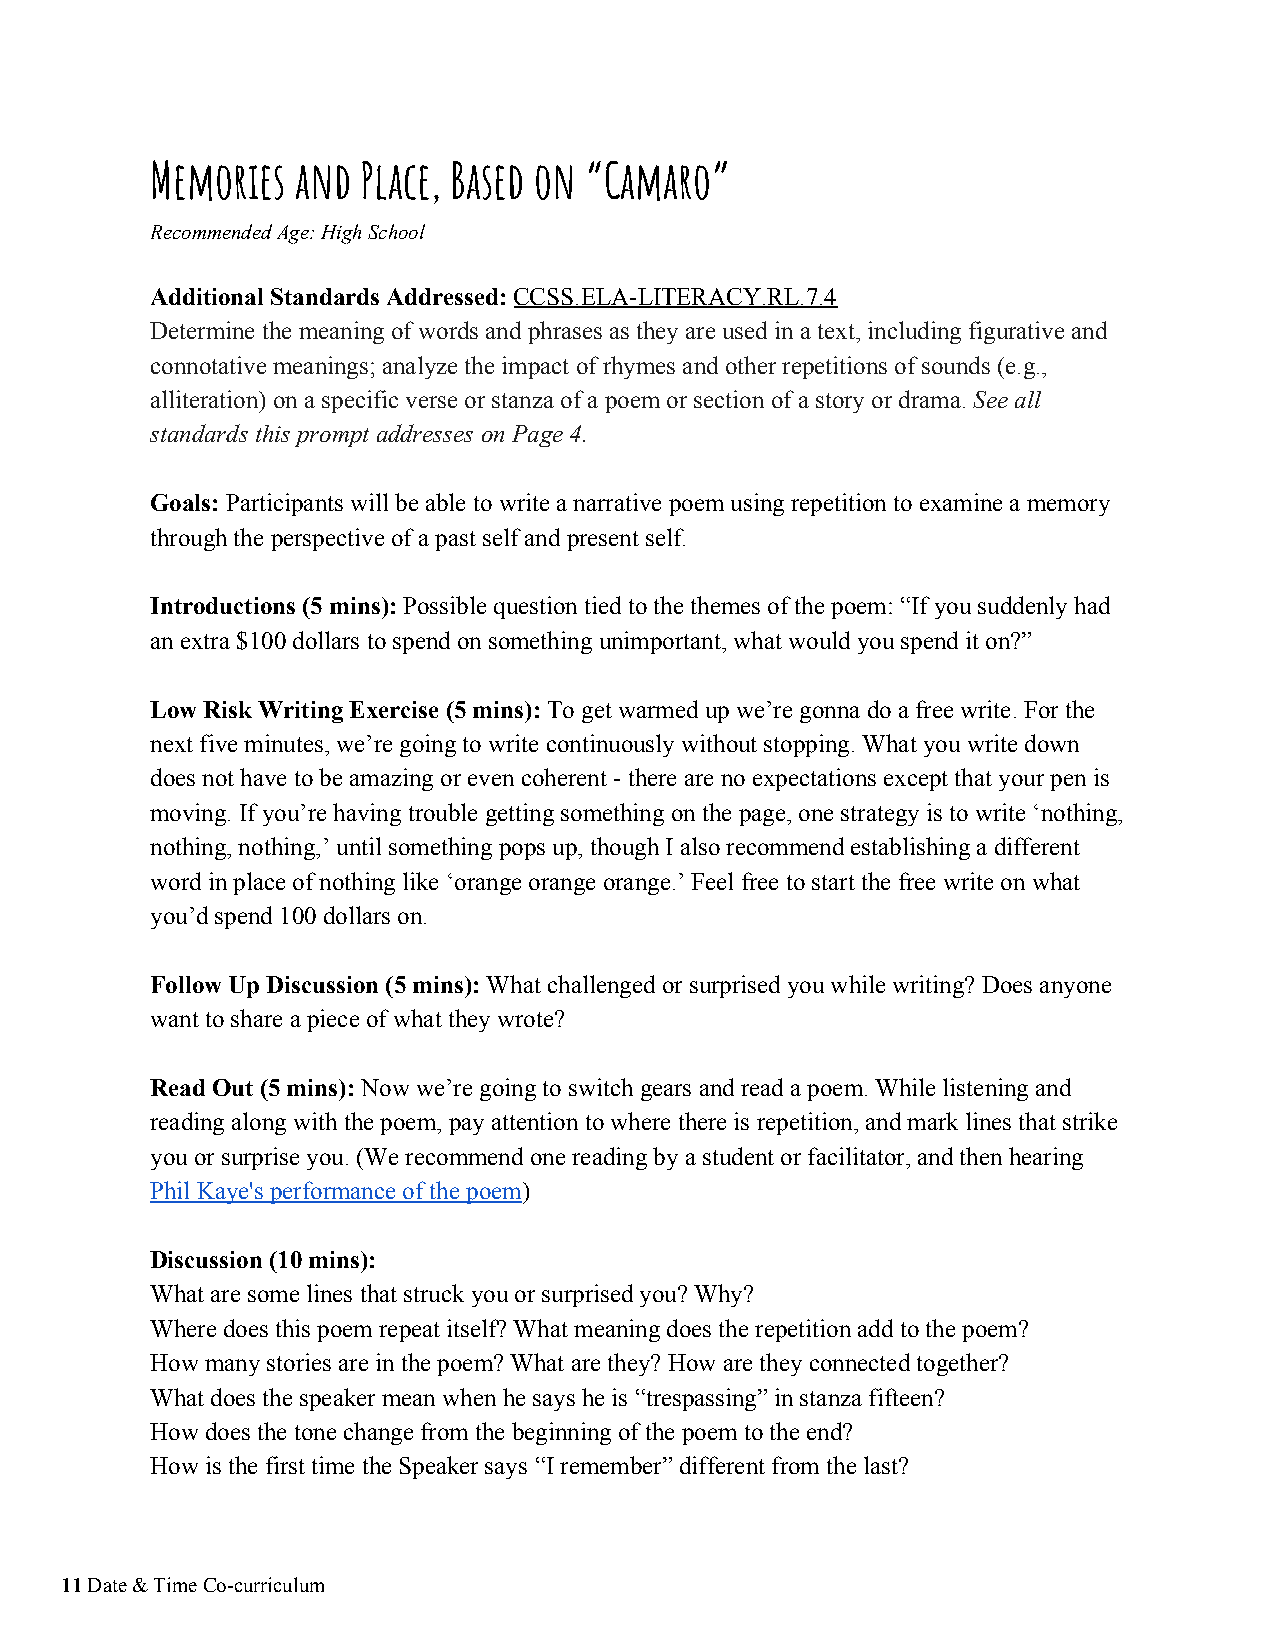
Memories  and Place, Based on “Camaro”
 Recommended Age: High School
 Additional Standards Addressed: CCSS.ELA-LITERACY.RL.7.4
 ​​
 Determine the meaning of words and phrases as they are used in a text, including figurative and
 connotative meanings; analyze the impact of rhymes and other repetitions of sounds (e.g.,
 alliteration) on a specific verse or stanza of a poem or section of a story or drama. See all
 ​
 standards this prompt addresses on Page 4.
 Goals: Participants will be able to write a narrative poem using repetition to examine a memory
 ​​
 through the perspective of a past self and present self.
 Introductions (5 mins): Possible question tied to the themes of the poem: “If you suddenly had
 ​​
 an extra $100 dollars to spend on something unimportant, what would you spend it on?”
 Low Risk Writing Exercise (5 mins): To get warmed up we’re gonna do a free write. For the
 ​​
 next five minutes, we’re going to write continuously without stopping. What you write down
 does not have to be amazing or even coherent - there are no expectations except that your pen is
 moving. If you’re having trouble getting something on the page, one strategy is to write ‘nothing,
 nothing, nothing,’ until something pops up, though I also recommend establishing a different
 word in place of nothing like ‘orange orange orange.’ Feel free to start the free write on what
 you’d spend 100 dollars on.
 Follow Up Discussion (5 mins): What challenged or surprised you while writing? Does anyone
 ​​
 want to share a piece of what they wrote?
 Read Out (5 mins): Now we’re going to switch gears and read a poem. While listening and
 ​​
 reading along with the poem, pay attention to where there is repetition, and mark lines that strike
 you or surprise you. (We recommend one reading by a student or facilitator, and then hearing
 Phil Kaye's performance of the poem)
 ​
 Discussion (10 mins):
 What are some lines that struck you or surprised you? Why?
 Where does this poem repeat itself? What meaning does the repetition add to the poem?
 How many stories are in the poem? What are they? How are they connected together?
 What does the speaker mean when he says he is “trespassing” in stanza fifteen?
 How does the tone change from the beginning of the poem to the end?
 How is the first time the Speaker says “I remember” different from the last?
 11 Date & Time Co-curriculum
 ​​